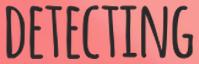
DETECTING